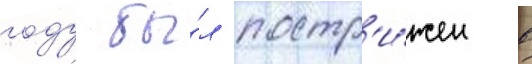
году бы́л постр'и́жен в